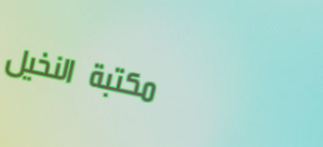
مكتبة النخيل